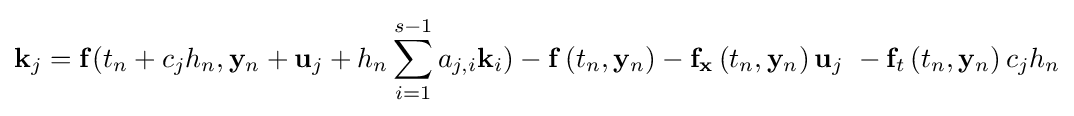
\mathbf {k} _{j}=\mathbf {f(} t_{n}+c_{j}h_{n},\mathbf {y} _{n}+\mathbf {u} _{j}+h_{n}\sum _{i=1}^{s-1}a_{j,i}\mathbf {k} _{i})-\mathbf {f} \left(t_{n},\mathbf {y} _{n}\right)-\mathbf {f} _{\mathbf {x} }\left(t_{n},\mathbf {y} _{n}\right)\mathbf {u} _{j}\ -\mathbf {f} _{t}\left(t_{n},\mathbf {y} _{n}\right)c_{j}h_{n}